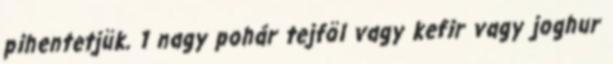
pihentetjük. 1 nagy pohár tejföl vagy kefir vagy joghur